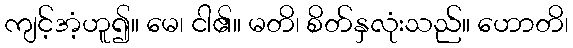
ကျင့်အံ့ဟူ၍။ မေ၊ ငါ၏။ မတိ၊ စိတ်နှလုံးသည်။ ဟောတိ၊